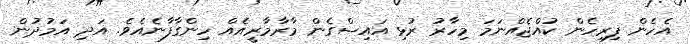
އެހެން ފިރިހެން ކުއްޖެއްނަމަ މިހާރު ރުޅި އައިސްގެން މާރާމާރީއެއް ހިންގާފާނެއެވެ. އަދި އަމުދުން